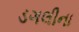
ડગલીના